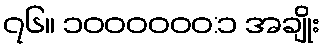
၇၆။ ၁၀၀၀၀၀၀:၁ အချိုး